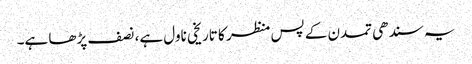
یہ سندھی تمدن کے پس منظر کا تاریخی ناول ہے، نصف پڑھا ہے۔